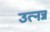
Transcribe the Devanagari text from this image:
उत्नन्न